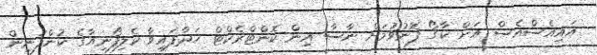
އައިއެސްއެސް އަށް ކާގޯ ފޮނުވުމަށް ނާސާ އިން ކޮންޓްރެކްޓް ހަދާފައިވާ ކެލިފޯނިއާގެ ކުންފުނިން